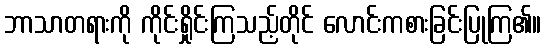
ဘာသာတရားကို ကိုင်းရှိုင်းကြသည့်တိုင် လောင်းကစားခြင်းပြုကြ၏။